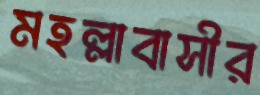
মহল্লাবাসীর